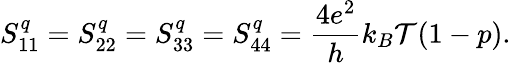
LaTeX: S_{11}^{q}=S_{22}^{q}=S_{33}^{q}=S_{44}^{q}=\frac{4e^{2}}{h}k_{B}\mathcal{T}(1-p).